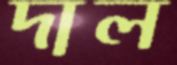
দাল